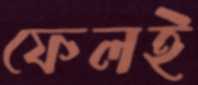
ফেলই